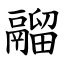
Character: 鬸